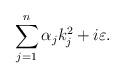
LaTeX: \begin{align*}\sum\limits_{j=1}^n\alpha _jk_j^2+i\varepsilon . \end{align*}